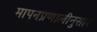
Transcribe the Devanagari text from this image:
मापनप्रणालीनुसार